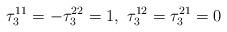
LaTeX: \begin{align*}\tau_3^{11} = - \tau_3^{22} = 1,\ \tau_3^{12} = \tau_3^{21} = 0\end{align*}